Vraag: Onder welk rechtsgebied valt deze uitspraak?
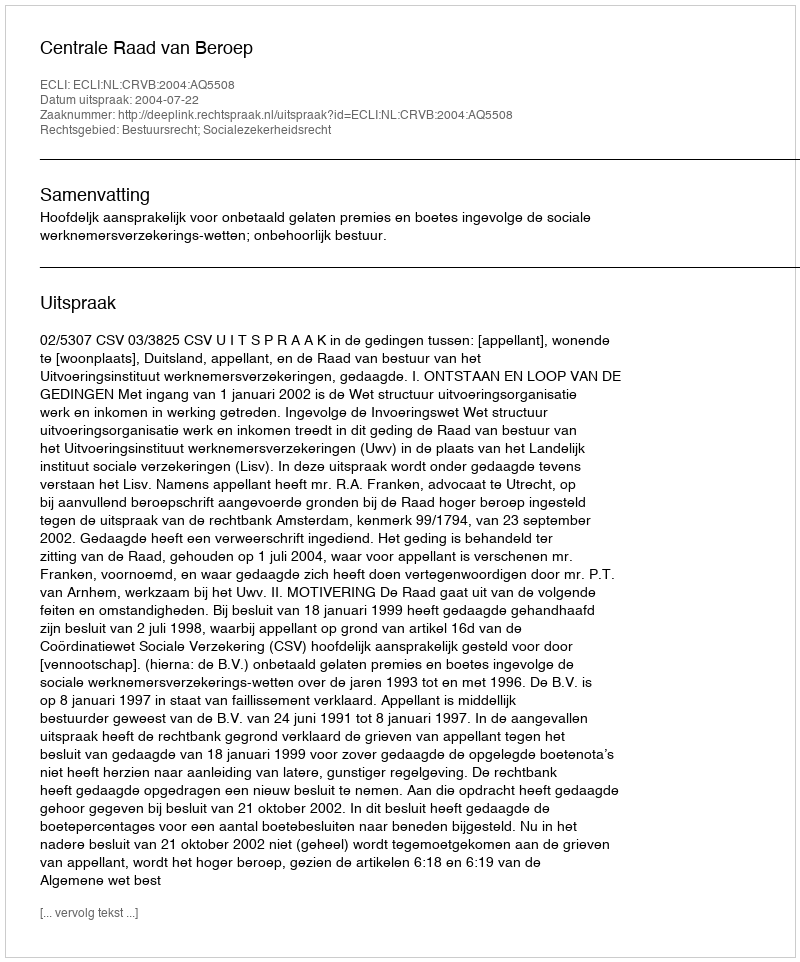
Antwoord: Bestuursrecht; Socialezekerheidsrecht